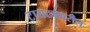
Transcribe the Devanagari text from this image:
टायटनवरील